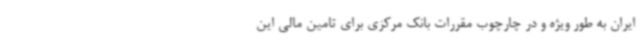
ایران به طور ویژه و در چارچوب مقررات بانک مرکزی برای تامین مالی این